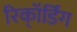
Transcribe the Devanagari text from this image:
रिकॉ्र्डिंग